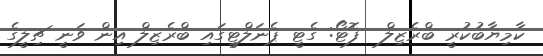
ކާމިޔާބުކުރީ ބްރެޒިލް  ފޮޓޯ: ގެޓީ ޕެނަލްޓީގައި ބްރެޒިލް އިން ވަނީ ޗިލީގެ